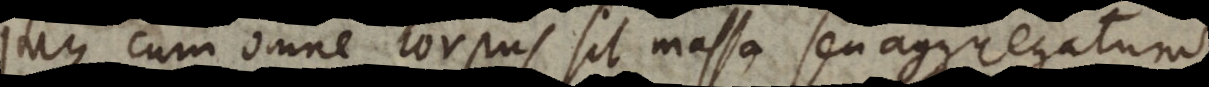
Itaque cum omne corpus sit massa seu aggregatum